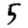
Digit: 5